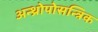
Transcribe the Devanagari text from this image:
अन्थ्रोपोसन्त्रिक